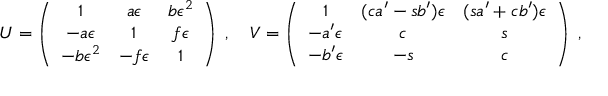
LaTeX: U = \left( \begin{array} { c c c } { { 1 } } & { { a \epsilon } } & { { b \epsilon ^ { 2 } } } \\ { { - a \epsilon } } & { { 1 } } & { { f \epsilon } } \\ { { - b \epsilon ^ { 2 } } } & { { - f \epsilon } } & { { 1 } } \end{array} \right) \; , \quad V = \left( \begin{array} { c c c } { { 1 } } & { { ( c a ^ { \prime } - s b ^ { \prime } ) \epsilon } } & { { ( s a ^ { \prime } + c b ^ { \prime } ) \epsilon } } \\ { { - a ^ { \prime } \epsilon } } & { { c } } & { { s } } \\ { { - b ^ { \prime } \epsilon } } & { { - s } } & { { c } } \end{array} \right) \; ,